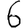
Digit: 6